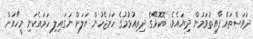
ދުވަސްތައް ފާއިތުވަމުން ދިޔައެވެ. ބޮކޮޅޭގެ ދިރިއުޅުމުގެ ހަމަޖެހުން އަލަށް ނަގައިލި ހަމައެކަނި މީހާއަށް